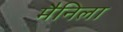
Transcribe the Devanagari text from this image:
मैनिला